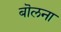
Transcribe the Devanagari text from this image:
बॊलना